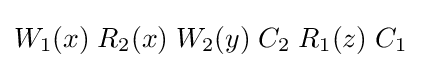
W_{1}(x)\;R_{2}(x)\;W_{2}(y)\;C_{2}\;R_{1}(z)\;C_{1}